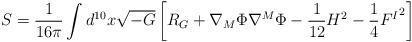
LaTeX: \begin{align*}S=\frac{1}{16\pi}\int d^{10} x \sqrt{-G} \left[ R_G + \nabla_M\Phi \nabla^M\Phi - \frac{1}{12} H^2 - \frac14 {F^I}^2 \right] \end{align*}